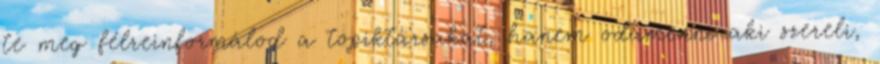
te meg félreinformálod a topiktársakat, hanem odamenni aki szereli,